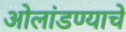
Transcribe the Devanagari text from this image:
ओलांडण्याचे